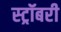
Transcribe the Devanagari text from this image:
स्ट्रॉबरी